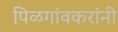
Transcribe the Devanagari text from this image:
पिळगांवकरांनी